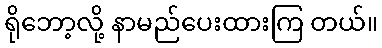
ရိုဘော့လို့ နာမည်ပေးထားကြ တယ်။